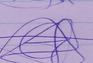
Signature authenticity: genuine